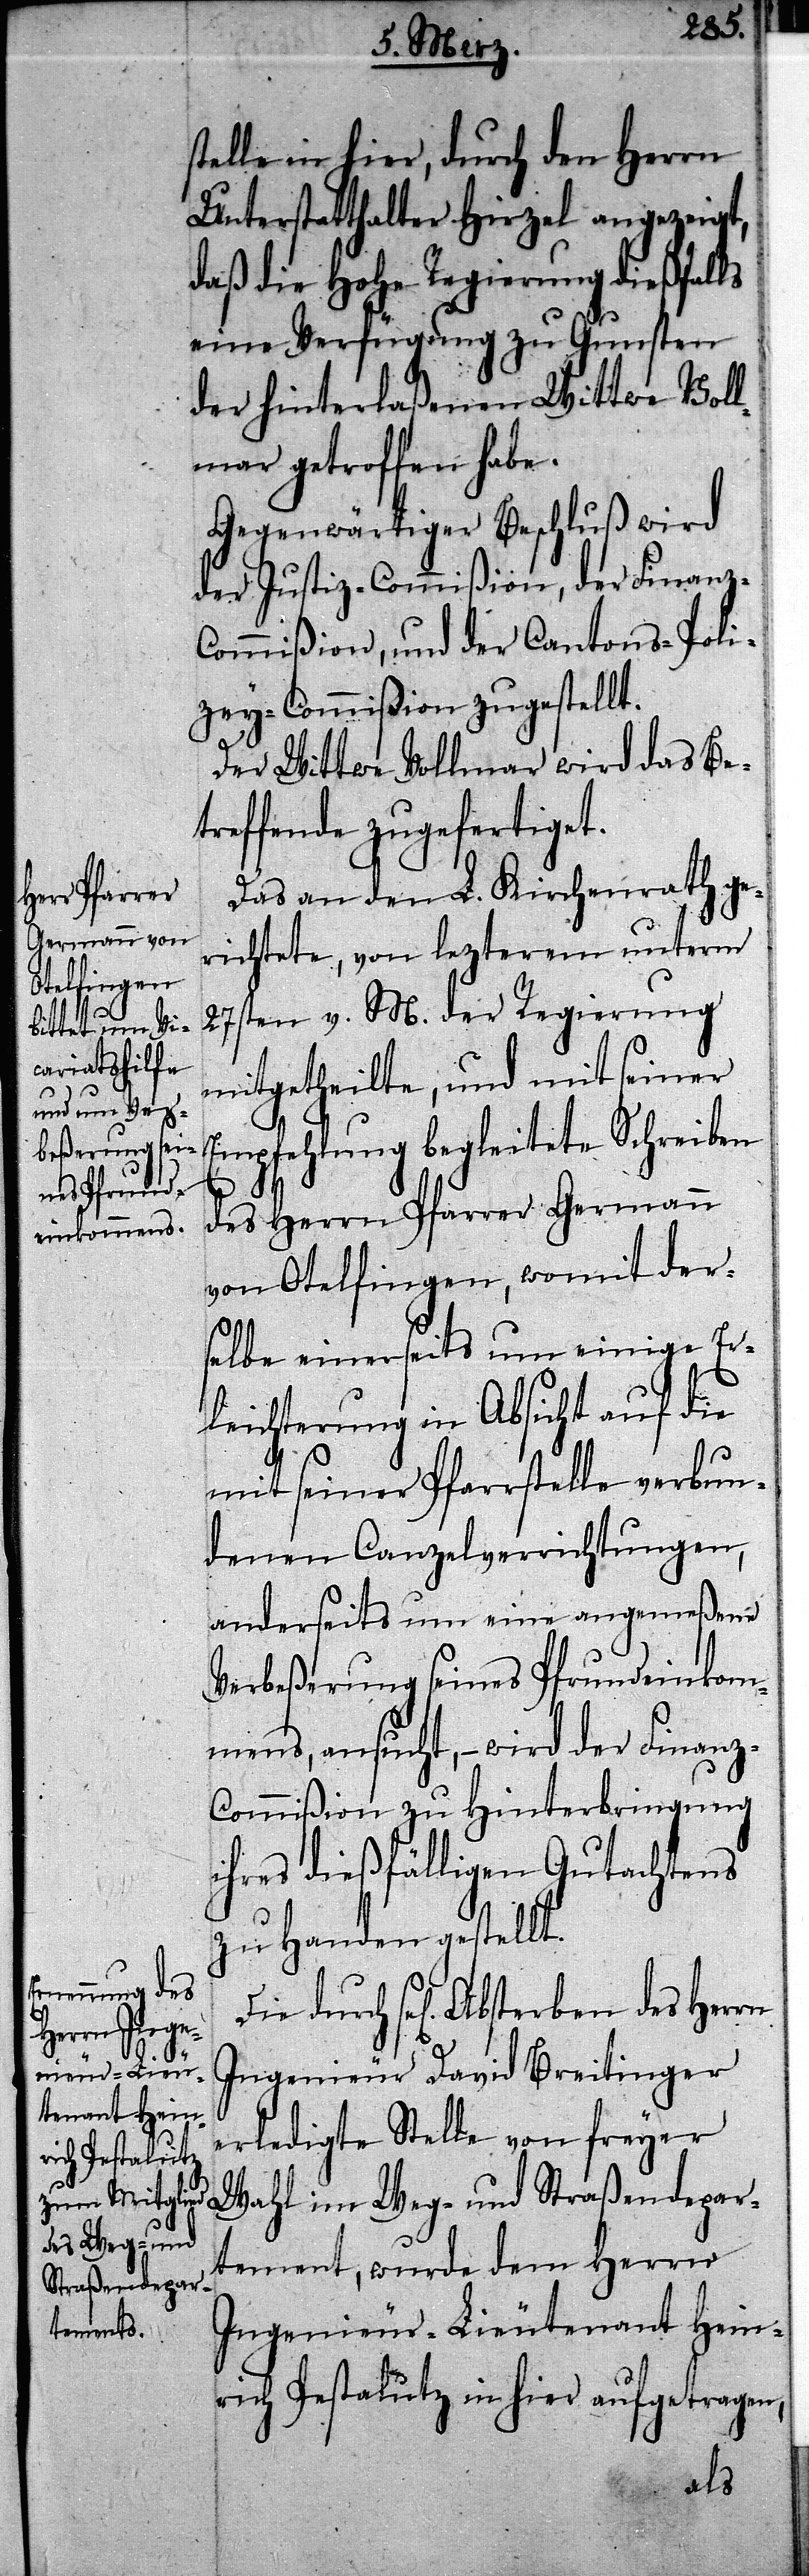
stelle in hier, durch den Herrn
Unterstatthalter Hirzel angezeigt,
daß die Hohe Regierung dießfalls
eine Verfügung zu Gunsten
der hinterlaßenen Wittwe Vol¬
lmar getroffen habe.
Gegenwärtiger Beschluß wird
der Justiz-Commißion, der Finanz-C¬
ommißion, und der Cantons-Poli¬
zey-Commißion zugestellt.
Der Wittwe Vollmar wird das Be¬
treffende zugefertiget.
Das an den L. Kirchenrath ge¬
richtete, von lezterem unterm
27sten v. M. der Regierung
mitgetheilte, und mit seiner
Empfehlung begleitete Schreiben
des Herrn Pfarrer Germann
von Otelfingen, womit der¬
selbe einerseits um einige Er¬
leichterung in Absicht auf die
denen Canzleyverrichtungen,
anderseits um eine angemeßene
Verbeßerung seines Pfrundeinkom¬
mens, ansucht, – wird der Finanz-C¬
ommißion zu Hinterbringung
ihres dießfälligen Gutachtens
zu Handen gestellt.
sel[iges] Absterben des Herrn
Ingenieur David Breitinger
erledigte Stelle von freyer
Wahl im Weg- und Straßendepar¬
Die durch
tement, wurde dem Herrn
Ingenieur-Lieutenant Hein¬
rich Pestalutz in hier aufgetragen,